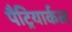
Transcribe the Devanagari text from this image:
पैट्रियार्कल